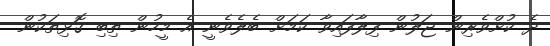
ދެ ކުށްވެރިން ޖަލުން ފިލާފައިވާ ކަމަށް ބެލެވެނީ އެ މީހުން ތިބި ގޮޅިތަކުން